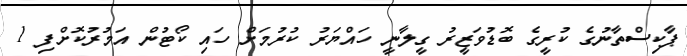
ޕާކިސްތާނުގެ ކުރީގެ ބޮޑުވަޒީރު ގީލާނީ ހައްޔަރު ކުރުމަށް ހައި ކޯޓުން އަމުރުކޮށްފި 1